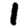
Digit: 1